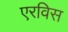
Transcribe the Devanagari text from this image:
एरविस